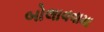
બોલાવવામા